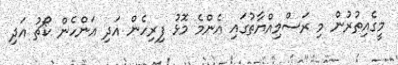
މީގެއިތުރުން މި ރަސްމިއްޔާތުގައި އެންމެ މޮޅު ފިރިހެން އަދި އަންހެން ކޯޗު އަދި